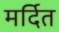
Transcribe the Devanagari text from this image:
मर्दित